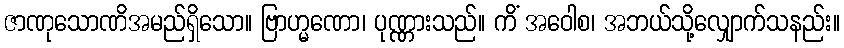
ဇာဏုသောဏိအမည်ရှိသော။ ဗြာဟ္မဏော၊ ပုဏ္ဏားသည်။ ကိံ အဝေါစ၊ အဘယ်သို့လျှောက်သနည်း။